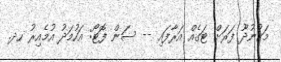
މަކުނުދޫ ފަރަށް ޓަގެއް އަރާފައި -- ސަން ފޮޓޯ: އަހުމަދު އުމެއިރު ހދ.